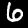
Digit: 6